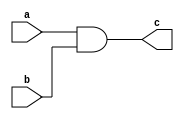
module combinational_logic (
    input wire a,
    input wire b,
    output reg c
);

assign c = a & b; // Continuous assignment statement representing AND gate logic

endmodule